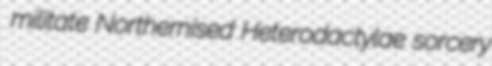
militate Northernised Heterodactylae sorcery